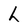
Character: L